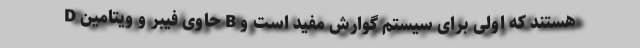
D حاوی فیبر و ویتامین B هستند که اولی برای سیستم گوارش مفید است و